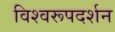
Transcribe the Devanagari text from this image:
विश्‍वरूपदर्शन